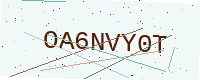
Text: OA6NVY0T